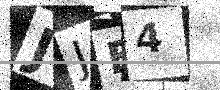
Text: JJF4